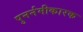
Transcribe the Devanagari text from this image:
पुनर्नमीकारक